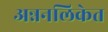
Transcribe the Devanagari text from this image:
अन्ननलिकेत